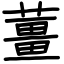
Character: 薑